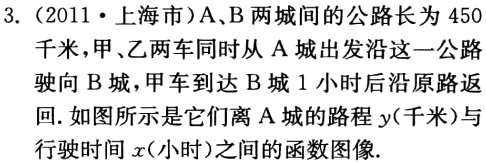
3.（2011·上海市）A、B两城间的公路长为450
千米，甲、乙两车同时从A城出发沿这一公路
驶向B城，甲车到达B城1小时后沿原路返
回. 如图所示是它们离A城的路程\(y\)(千米)与
行驶时间\(x\) (小时)之间的函数图像.